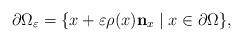
LaTeX: \begin{align*}\partial \Omega_\varepsilon=\{x+\varepsilon\rho(x)\mathbf{n}_x \mid x\in \partial \Omega\},\end{align*}